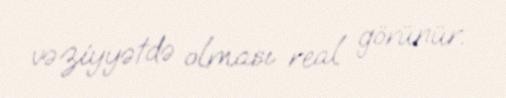
vəziyyətdə olması real görünür.